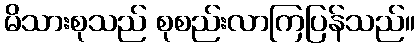
မိသားစုသည် စုစည်းလာကြပြန်သည်။